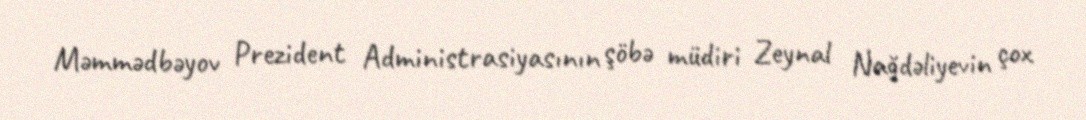
Məmmədbəyov Prezident Administrasiyasının şöbə müdiri Zeynal Nağdəliyevin çox